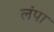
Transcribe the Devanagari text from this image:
लंपा